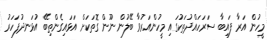
މީހުން އަރާ ފައިބާ ސަރަހައްދުތަކުގައި މީހުންއަރުވާ ބޭލުން ނޫން ގޮތަކަށް އަޅައިގެންތިބޭ އުޅަނދުފަހަރު